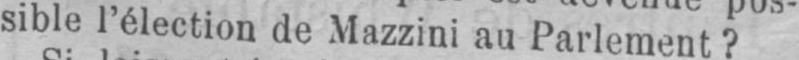
sible l’élection de Mazzini au Parlement?